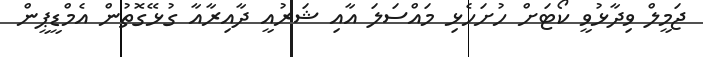
ޖަމީލް ވިދާޅުވީ ކޯޓަށް ހުށަހެޅި މައްސަލަ އާއި ޝަރުއީ ދާއިރާއާ ގުޅޭގޮތުން އެމްޑީޕީން